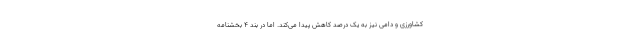
کشاورزی و دامی نیز به یک درصد کاهش پیدا می‌کند. اما در بند ۴ بخشنامه